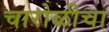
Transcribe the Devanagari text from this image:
चारोळीचा